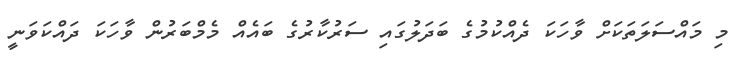
މި މައްސަލަތަަކަށް ވާހަކަ ދެއްކުމުގެ ބަދަލުގައި ސަރުކާރުގެ ބައެއް މެމްބަރުން ވާހަކަ ދައްކަވަނީ